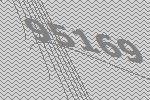
95169